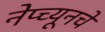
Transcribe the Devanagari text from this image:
नेप्च्यूनचे